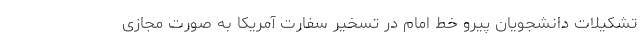
تشکیلات دانشجویان پیرو خط امام در تسخیر سفارت آمریکا به صورت مجازی